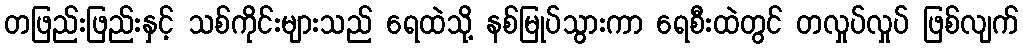
တဖြည်းဖြည်းနှင့် သစ်ကိုင်းများသည် ရေထဲသို့ နစ်မြုပ်သွားကာ ရေစီးထဲတွင် တလှုပ်လှုပ် ဖြစ်လျက်